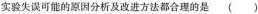
实验失误可能的原因分析及改进方法都合理的是（ ）